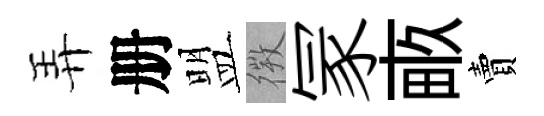
弄册盟𢕄冡畞賣